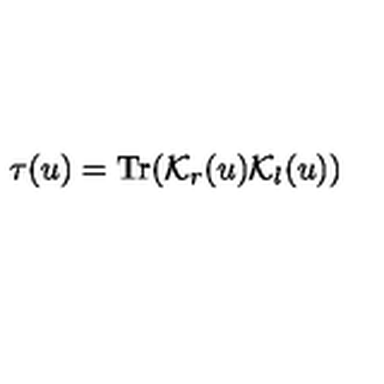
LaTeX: \tau ( u ) = \mathrm { T r } ( { \cal K } _ { r } ( u ) { \cal K } _ { l } ( u ) )